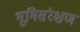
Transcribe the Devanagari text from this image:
भूमिसंरक्षण